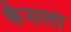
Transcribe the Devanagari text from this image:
कैसला